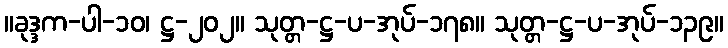
။ခုဒ္ဒက-ပါ-၁၀၊ ဋ္ဌ-၂၀၂။ သုတ္တ-ဋ္ဌ-ပ-အုပ်-၁၇၈။ သုတ္တ-ဋ္ဌ-ပ-အုပ်-၁၃၉။